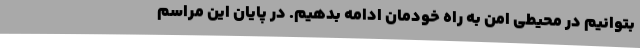
بتوانیم در محیطی امن به راه خودمان ادامه بدهیم. در پایان این مراسم